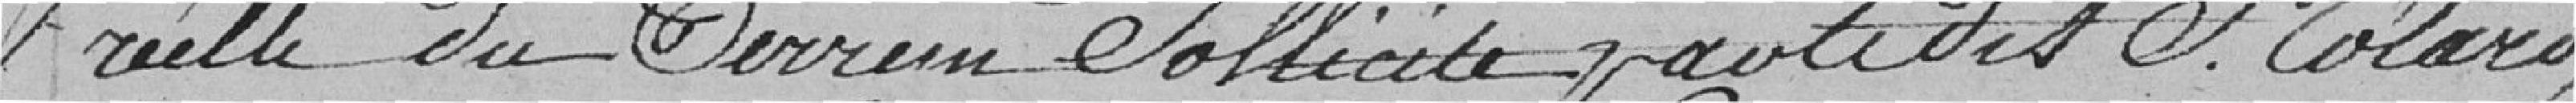
réelle du Terrain Sollicité par le dit S.Colard